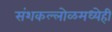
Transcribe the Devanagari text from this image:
संशकल्लोळमध्येही